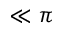
{ \ll \pi }